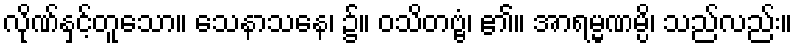
လိုဏ်နှင့်တူသော။ သေနာသနေ၊ ၌။ ဝသိတဗ္ဗံ၊ ၏။ အာရမ္မဏမ္ပိ၊ သည်လည်း။